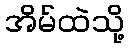
အိမ်ထဲသို့